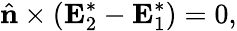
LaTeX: \hat{\mathbf{n}}\times(\mathbf{E}_{2}^{*}-\mathbf{E}_{1}^{*})=0,